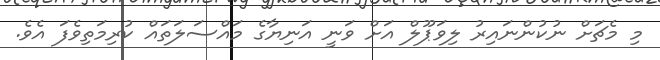
މި މެޗަށް ނުކުންނައިރު ލިވަޕޫލް އަށް ވަނީ އަނިޔާގެ މައްސަލަތައް ކުރިމަތިވެފަ އެވެ.